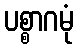
ပစ္စာဂမုံ